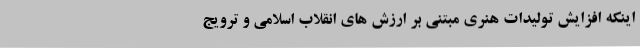
اینکه افزایش تولیدات هنری مبتنی بر ارزش های انقلاب اسلامی و ترویج